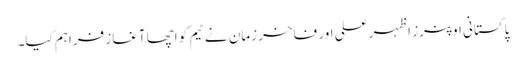
پاکستانی اوپنرز اظہر علی اور فاخر زمان نے ٹیم کو اچھا آغاز فراہم کیا۔